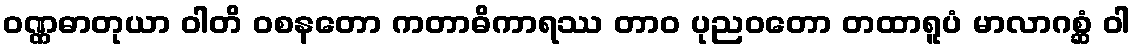
ဝဏ္ဏဓာတုယာ ဝါတိ ဝစနတော ကတာဓိကာရဿ တာဝ ပုညဝတော တထာရူပံ မာလာဂစ္ဆံ ဝါ